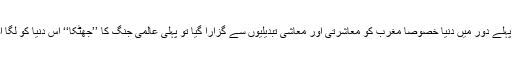
اس کی مثال اس انداز میں دی جاسکتی ہے کہ جس وقت جدید تاریخ کے پہلے دور میں دنیا خصوصا مغرب کو معاشرتی اور معاشی تبدیلیوں سے گزارا گیا تو پہلی عالمی جنگ کا ’’جھٹکا‘‘ اس دنیا کو لگا اور اس کے بعد ہم دیکھتے ہیں کہ جغرافیائی تبدیلیاں عمل میں لائی گئیں۔